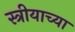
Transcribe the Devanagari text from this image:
स्त्रीयाच्या